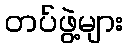
တပ်ဖွဲ့များ